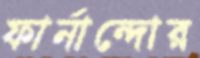
ফার্নান্দোর